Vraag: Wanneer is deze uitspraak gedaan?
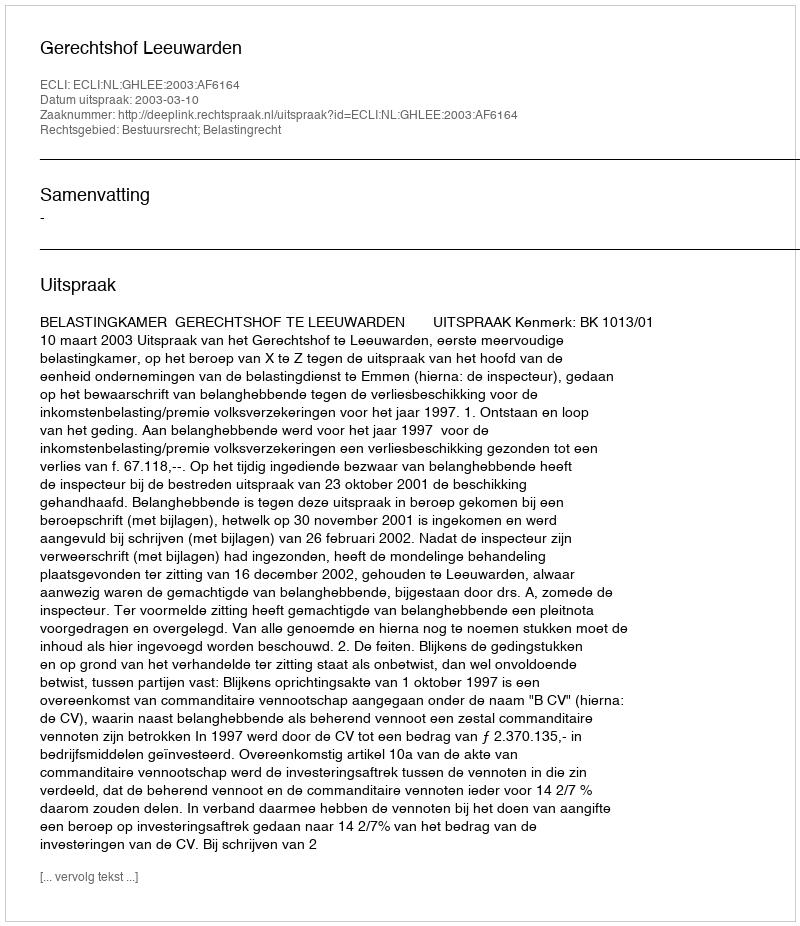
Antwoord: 2003-03-10